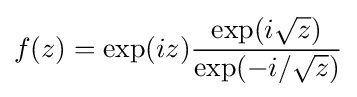
f(z)=\exp(iz){\frac {\exp(i{\sqrt {z}})}{\exp(-i/{\sqrt {z}})}}